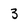
Character: 3